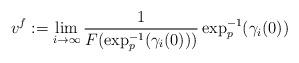
LaTeX: \begin{align*}v^f:=\lim_{i\to\infty}\frac{1}{F(\exp^{-1}_p(\gamma_i(0)) )}\exp^{-1}_p(\gamma_i(0) )\end{align*}